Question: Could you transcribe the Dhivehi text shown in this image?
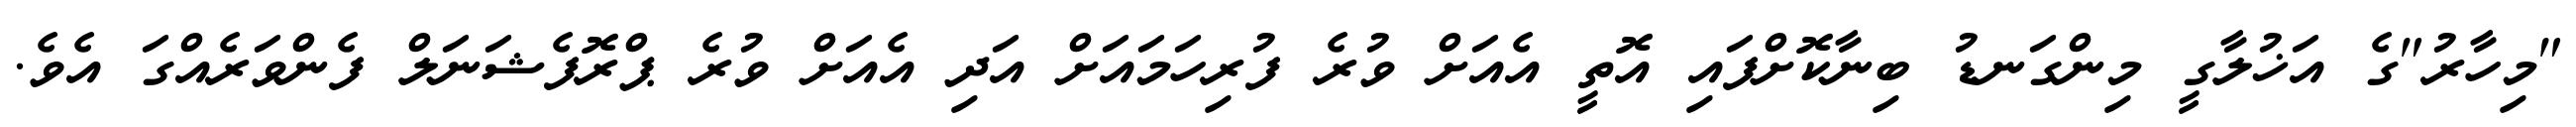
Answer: "މިހާރު"ގެ އަޚުލާގީ މިންގަނޑު ބިނާކޮށްފައި އޮތީ އެއަށް ވުރެ ފުރިހަމައަށް އަދި އެއަށް ވުރެ ޕްރޮފެޝަނަލް ފެންވަރެއްގަ އެވެ.